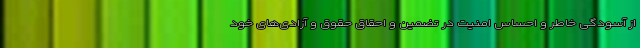
از آسودگی خاطر و احساس امنیت در تضمین و احقاق حقوق و آزادی‌های خود